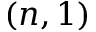
( n , 1 )